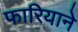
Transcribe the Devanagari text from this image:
फारियाने